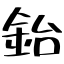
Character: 鈶